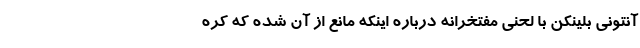
آنتونی بلینکن با لحنی مفتخرانه درباره اینکه مانع از آن شده که کره